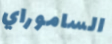
الساموراي